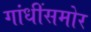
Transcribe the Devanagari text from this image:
गांधींसमोर